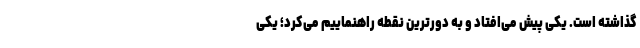
گذاشته است. یکی پیش می‌افتاد و به دورترین نقطه راهنماییم می‌کرد؛ یکی